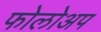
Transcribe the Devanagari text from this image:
फोलोअप